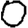
Digit: 0